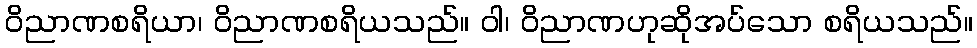
ဝိညာဏစရိယာ၊ ဝိညာဏစရိယသည်။ ဝါ၊ ဝိညာဏဟုဆိုအပ်သော စရိယသည်။